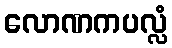
လောဏကပလ္လံ